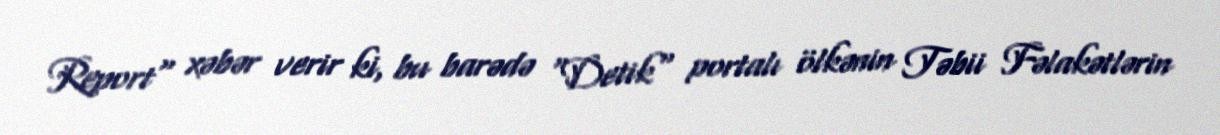
Report" xəbər verir ki, bu barədə "Detik" portalı ölkənin Təbii Fəlakətlərin